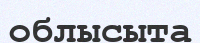
облысыта